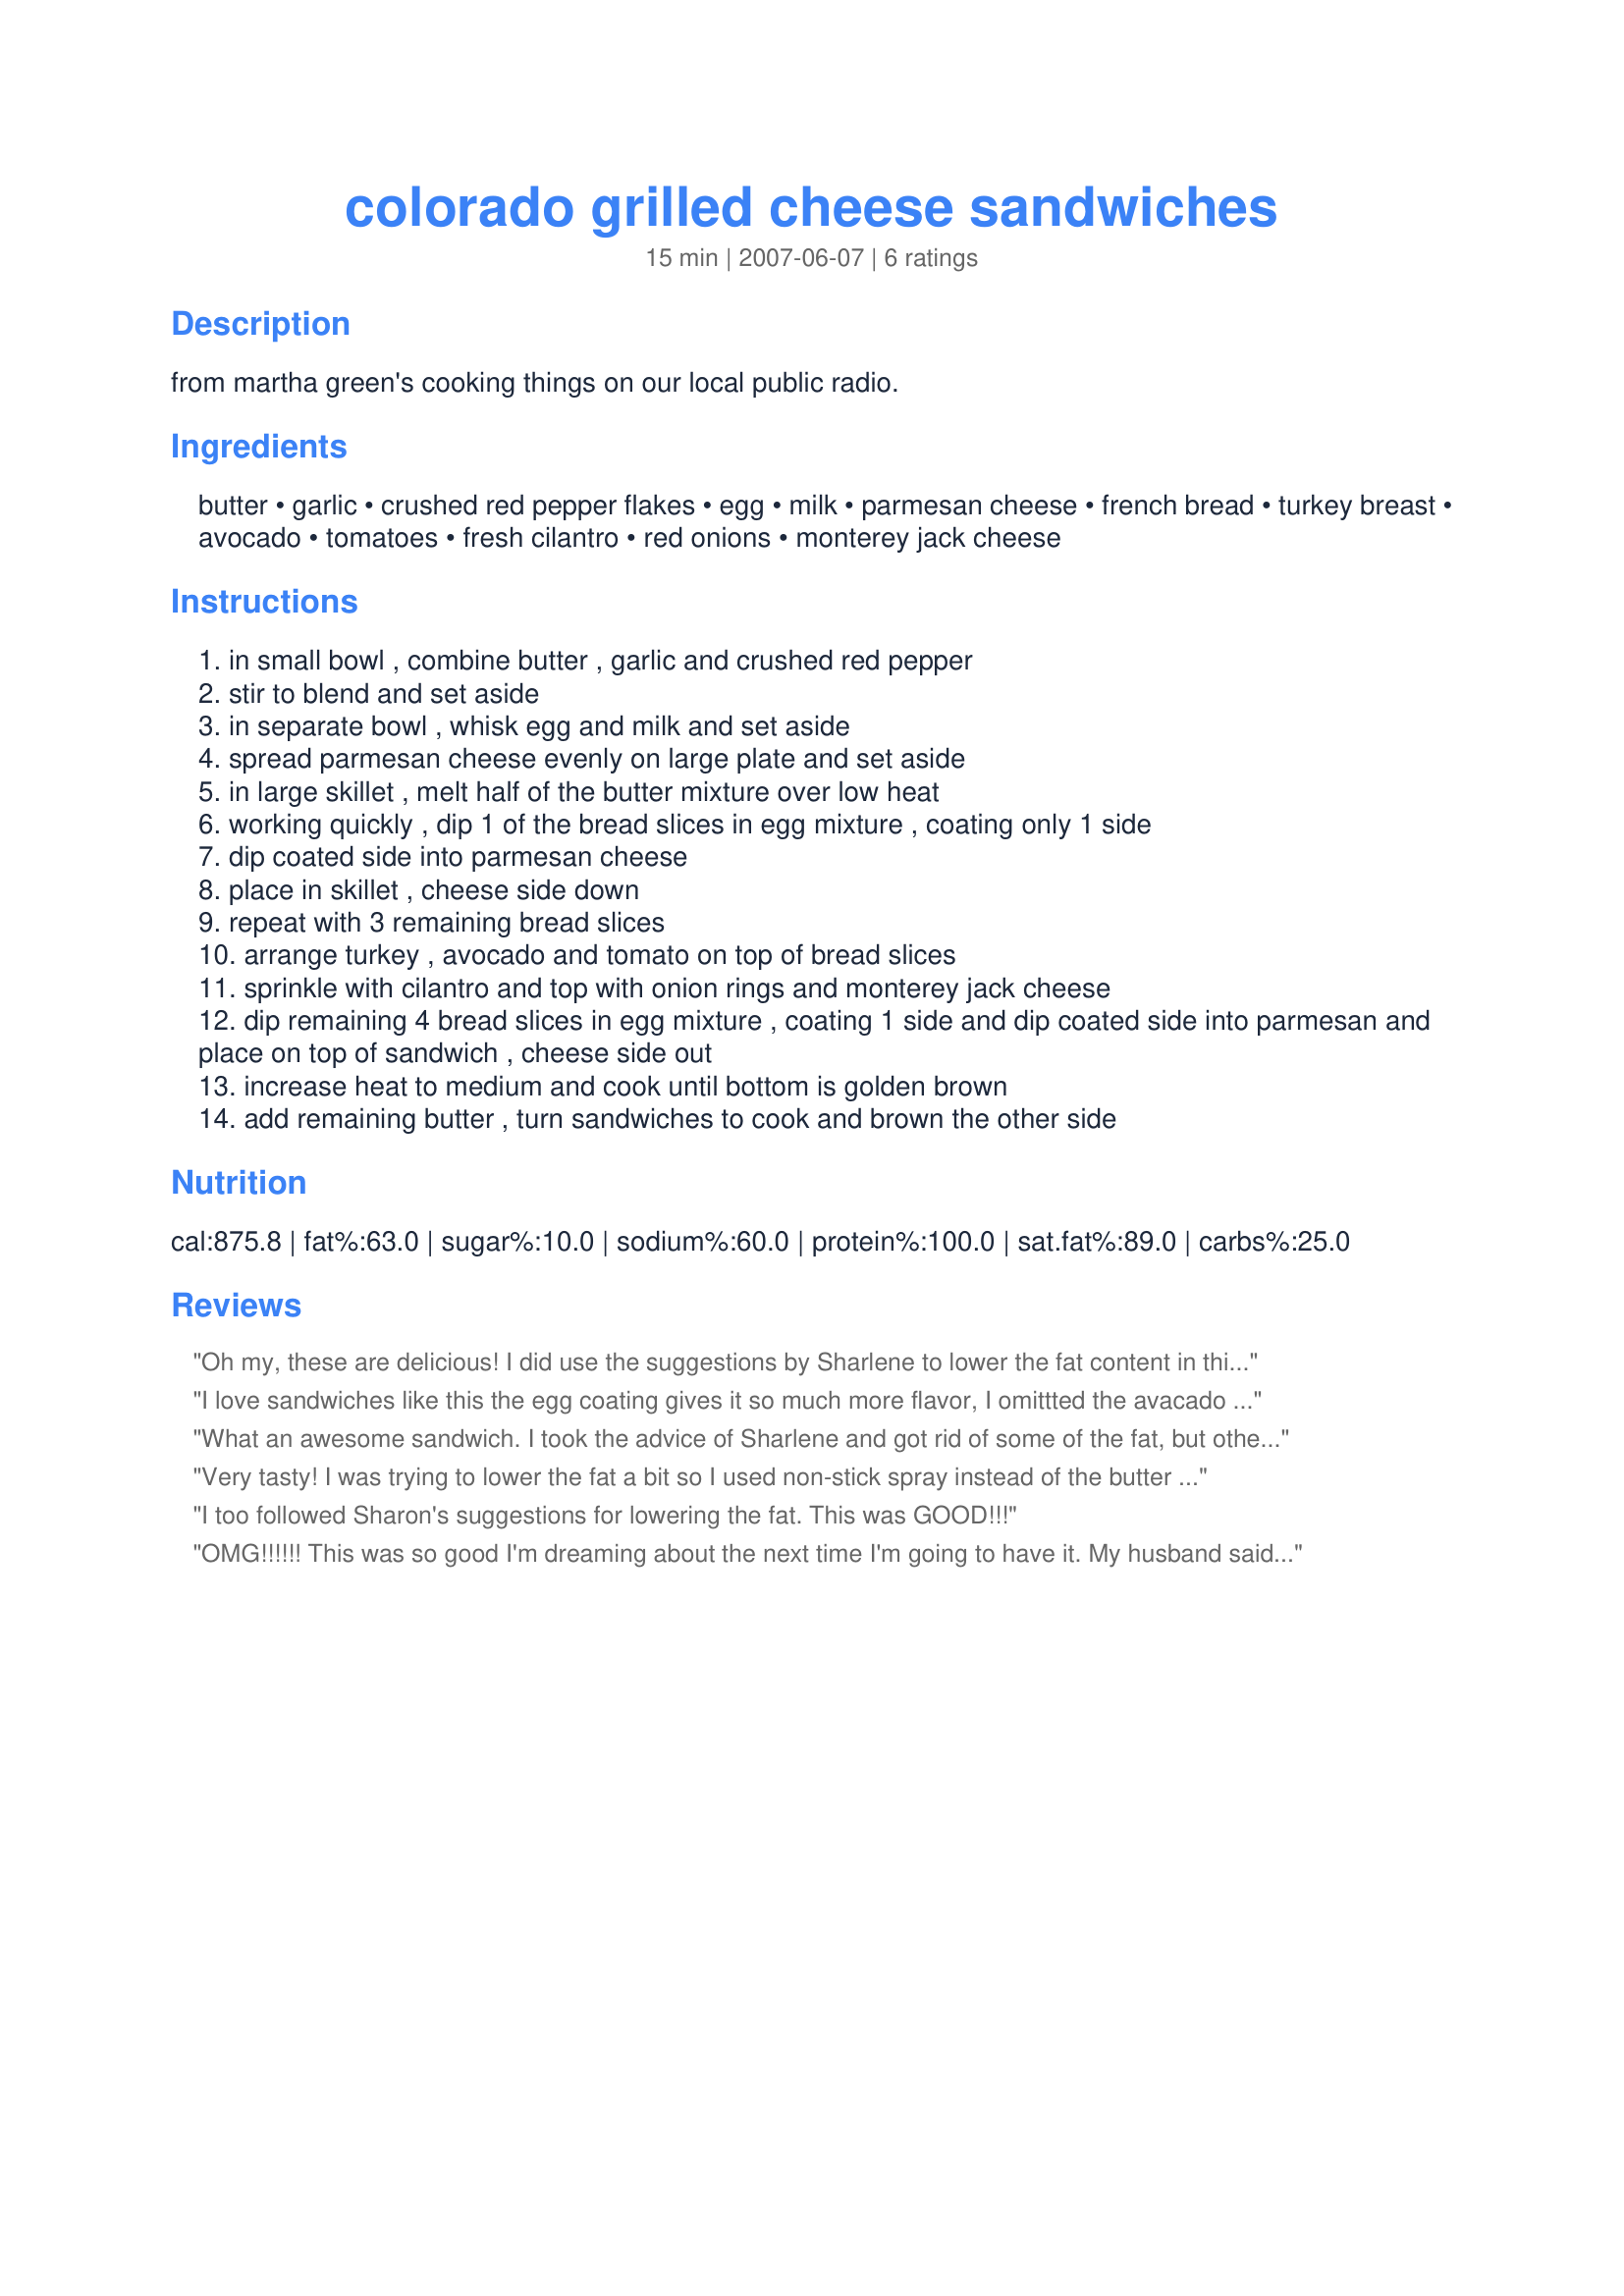
colorado grilled cheese sandwiches
Preparation time: 15 minutes

from martha green's cooking things on our local public radio.

Ingredients:
butter, garlic, crushed red pepper flakes, egg, milk, parmesan cheese, french bread, turkey breast, avocado, tomatoes, fresh cilantro, red onions, monterey jack cheese

Steps:
in small bowl , combine butter , garlic and crushed red pepper
stir to blend and set aside
in separate bowl , whisk egg and milk and set aside
spread parmesan cheese evenly on large plate and set aside
in large skillet , melt half of the butter mixture over low heat
working quickly , dip 1 of the bread slices in egg mixture , coating only 1 side
dip coated side into parmesan cheese
place in skillet , cheese side down
repeat with 3 remaining bread slices
arrange turkey , avocado and tomato on top of bread slices
sprinkle with cilantro and top with onion rings and monterey jack cheese
dip remaining 4 bread slices in egg mixture , coating 1 side and dip coated side into parmesan and place on top of sandwich , cheese side out
increase heat to medium and cook until bottom is golden brown
add remaining butter , turn sandwiches to cook and brown the other side

Reviews:
Oh my, these are delicious! I did use the suggestions by Sharlene to lower the fat content in this sandwich and it turned out great. These are a definite keeper!
I love sandwiches like this the egg coating gives it so much more flavor, I omittted the avacado as I made this for my DS and he is not fond of it, used cayenne pepper in place of the red pepper flakes, this was thoroughly enjoyed, thanks Engrossed!...Kitten:)
What an awesome sandwich. I took the advice of Sharlene and got rid of some of the fat, but other than that made as directed. I used Kitz homemade French Bread that I had frozen. As with any sandwich that I make with sliced avocado, it keep trying to escape, but it really added a great freshness to this. Thanks for sharing Engrossed.
Very tasty! I was trying to lower the fat a bit so I used non-stick spray instead of the butter and mixed the garlic and red pepper flakes into mixture of egg white and non-fat milk and dipped it using only half the parmesan (I think it would have been difficult to get more parmesan to stick anyway). Those changes brought it down nearly 10g of fat per serving. A fantastic sandwich--one you would expect to see on the menu at a panini cafe. Highly recommended.
I too followed Sharon's suggestions for lowering the fat. This was GOOD!!!
OMG!!!!!! This was so good I'm dreaming about the next time I'm going to have it. My husband said this sandwich is a must when we have company for lunch and it's so easy. Nothing needs to be changed with this one. My only advice is it goes great with hint of lime chips and a beer.
